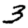
Digit: 3